Rangoon Lunatic Asylum 1893-1897 - 1893-1897
Year: 1893
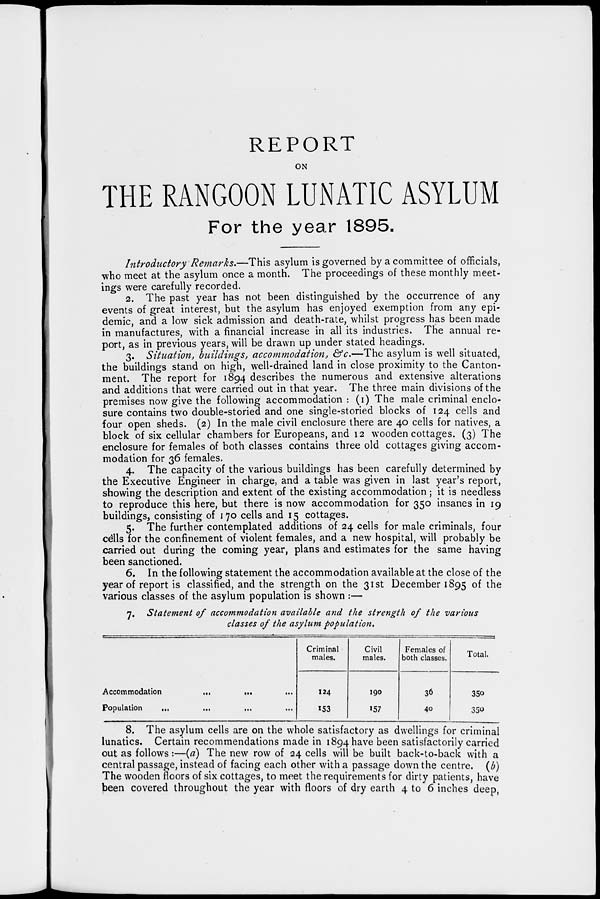
REPORT
ON
THE RANGOON LUNATIC ASYLUM
For the year 1895.
Introductory Remarks.—This asylum is governed by a committee of officials,
who meet at the asylum once a month. The proceedings of these monthly meet-
ings were carefully recorded.
2. The past year has not been distinguished by the occurrence of any
events of great interest, but the asylum has enjoyed exemption from any epi-
demic, and a low sick admission and death-rate, whilst progress has been made
in manufactures, with a financial increase in all its industries. The annual re-
port, as in previous years, will be drawn up under stated headings.
3. Situation, buildings, accommodation, &c.—The asylum is well situated,
the buildings stand on high, well-drained land in close proximity to the Canton-
ment. The report for 1894 describes the numerous and extensive alterations
and additions that were carried out in that year. The three main divisions of the
premises now give the following accommodation : (1) The male criminal enclo-
sure contains two double-storied and one single-storied blocks of 124 cells and
four open sheds. (2) In the male civil enclosure there are 40 cells for natives, a
block of six cellular chambers for Europeans, and 12 wooden cottages. (3) The
enclosure for females of both classes contains three old cottages giving accom-
modation for 36 females.
4. The capacity of the various buildings has been carefully determined by
the Executive Engineer in charge, and a table was given in last year's report,
showing the description and extent of the existing accommodation ; it is needless
to reproduce this here, but there is now accommodation for 350 insanes in 19
buildings, consisting of 170 cells and 15 cottages.
5. The further contemplated additions of 24 cells for male criminals, four
cells for the confinement of violent females, and a new hospital, will probably be
carried out during the coming year, plans and estimates for the same having
been sanctioned.
6. In the following statement the accommodation available at the close of the
year of report is classified, and the strength on the 31st December 1895 of the
various classes of the asylum population is shown :—
7. Statement of accommodation available and the strength of the various
classes of the asylum population.
Accommodation ...
...
...
Population ... ... ... ...
Criminal
males.
124
153
Civil
males.
190
157
Females of
both classes.
36
40
Total.
350
350
8. The asylum cells are on the whole satisfactory as dwellings for criminal
lunatics. Certain recommendations made in 1894 have been satisfactorily carried
out as follows:—(a) The new row of 24 cells will be built back-to-back with a
central passage, instead of facing each other with a passage down the centre. (b)
The wooden floors of six cottages, to meet the requirements for dirty patients, have
been covered throughout the year with floors of dry earth 4 to 6 inches deep,